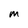
Character: M